Indian journal of veterinary science and animal husbandry - Volume 10,
Year: 1940
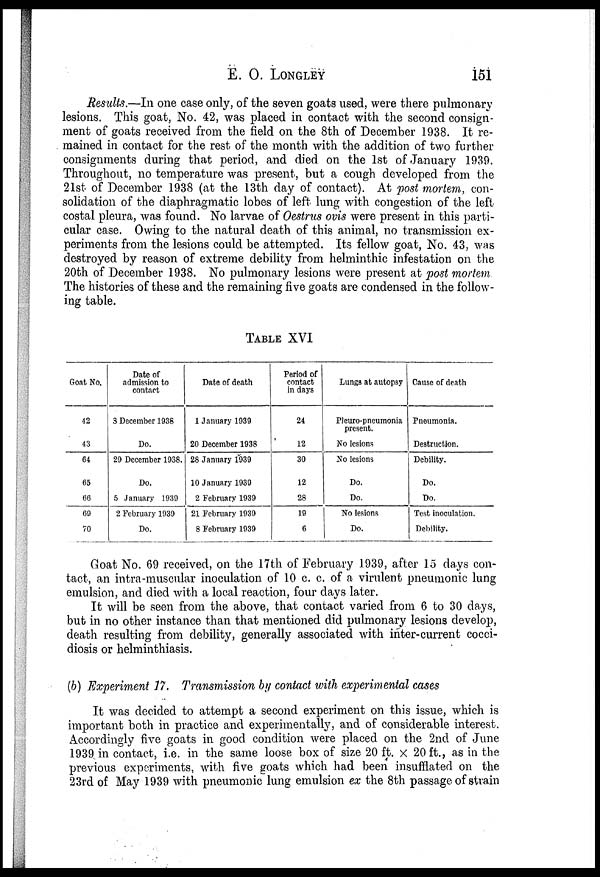
E. O. LONGLEY 151
Results.—In one case only, of the seven goats used, were there pulmonary
lesions. This goat, No. 42, was placed in contact with the second consign-
ment of goats received from the field on the 8th of December 1938. It re-
mained in contact for the rest of the month with the addition of two further
consignments during that period, and died on the 1st of January 1939.
Throughout, no temperature was present, but a cough developed from the
21st of December 1938 (at the 13th day of contact). At post mortem, con-
solidation of the diaphragmatic lobes of left lung with congestion of the left
costal pleura, was found. No larvae of Oestrus ovis were present in this parti-
cular case. Owing to the natural death of this animal, no transmission ex-
periments from the lesions could be attempted. Its fellow goat, No. 43, was
destroyed by reason of extreme debility from helminthic infestation on the
20th of December 1938. No pulmonary lesions were present at post mortem
The histories of these and the remaining five goats are condensed in the follow-
ing table.
TABLE XVI
Goat No.
42
43
64
65
66
69
70
Date of
admission to
contact
3 December 1938
Do.
29 December 1938.
Do.
5 January 1939
2 February 1939
Do.
Date of death
1 January 1939
20 December 1938
28 January 1939
10 January 1939
2 February 1939
21 February 1939
8 February 1939
Period of
contact
in days
24
12
30
12
28
19
6
Lungs at autopsy
Pleuro-pneumonia
present.
No lesions
No lesions
Do.
Do.
No lesions
Do.
Cause of death
Pneumonia.
Destruction.
Debility.
Do.
Do.
Test inoculation.
Debility.
Goat No. 69 received, on the 17th of February 1939, after 15 days con-
tact, an intra-muscular inoculation of 10 c. c. of a virulent pneumonic lung
emulsion, and died with a local reaction, four days later.
It will be seen from the above, that contact varied from 6 to 30 days,
but in no other instance than that mentioned did pulmonary lesions develop,
death resulting from debility, generally associated with inter-current cocci-
diosis or helminthiasis.
(b) Experiment 17. Transmission by contact with experimental cases
It was decided to attempt a second experiment on this issue, which is
important both in practice and experimentally, and of considerable interest.
Accordingly five goats in good condition were placed on the 2nd of June
1939 in contact, i.e. in the same loose box of size 20 ft. x 20 ft., as in the
previous experiments, with five goats which had been insufflated on the
23rd of May 1939 with pneumonic lung emulsion ex the 8th passage of strain